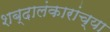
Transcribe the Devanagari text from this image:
शब्दालंकारांच्या